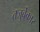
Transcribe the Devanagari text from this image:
तजुर्बेकार